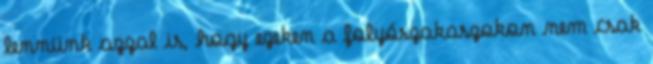
lennünk azzal is, hogy ezeken a folyószakaszokon nem csak